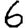
Digit: 6